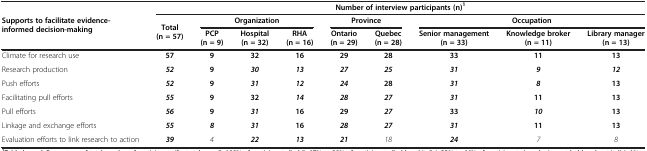
<table><thead><tr><td rowspan="3"><b>Supports to facilitate evidence-informed decision-making</b></td><td colspan="9"><b>Number of interview participants (n)<sup>1</sup></b></td></tr><tr><td rowspan="2"><b>Total (n = 57)</b></td><td colspan="3"><b>Organization</b></td><td colspan="2"><b>Province</b></td><td colspan="3"><b>Occupation</b></td></tr><tr><td><b>PCP (n = 9)</b></td><td><b>Hospital (n = 32)</b></td><td><b>RHA (n = 16)</b></td><td><b>Ontario (n = 29)</b></td><td><b>Quebec (n = 28)</b></td><td><b>Senior management (n = 33)</b></td><td><b>Knowledge broker (n = 11)</b></td><td><b>Library manager (n = 13)</b></td></tr></thead><tbody><tr><td>Climate for research use</td><td><b>57</b></td><td><b>9</b></td><td><b>32</b></td><td><b>16</b></td><td><b>29</b></td><td><b>28</b></td><td><b>33</b></td><td><b>11</b></td><td><b>13</b></td></tr><tr><td>Research production</td><td><b><i>52</i></b></td><td><b>9</b></td><td><b><i>30</i></b></td><td><b><i>13</i></b></td><td><b><i>27</i></b></td><td><b><i>25</i></b></td><td><b><i>31</i></b></td><td><b><i>9</i></b></td><td><b><i>12</i></b></td></tr><tr><td>Push efforts</td><td><b><i>52</i></b></td><td><b>9</b></td><td><b><i>31</i></b></td><td><b><i>12</i></b></td><td><b><i>24</i></b></td><td><b>28</b></td><td><b><i>31</i></b></td><td><b><i>8</i></b></td><td><b>13</b></td></tr><tr><td>Facilitating pull efforts</td><td><b><i>55</i></b></td><td><b>9</b></td><td><b>32</b></td><td><b><i>14</i></b></td><td><b><i>28</i></b></td><td><b><i>27</i></b></td><td><b><i>31</i></b></td><td><b>11</b></td><td><b>13</b></td></tr><tr><td>Pull efforts</td><td><b><i>56</i></b></td><td><b>9</b></td><td><b><i>31</i></b></td><td><b>16</b></td><td><b>29</b></td><td><b><i>27</i></b></td><td><b>33</b></td><td><b><i>10</i></b></td><td><b>13</b></td></tr><tr><td>Linkage and exchange efforts</td><td><b><i>55</i></b></td><td><b><i>8</i></b></td><td><b><i>31</i></b></td><td><b>16</b></td><td><b><i>28</i></b></td><td><b><i>27</i></b></td><td><b><i>31</i></b></td><td><b>11</b></td><td><b>13</b></td></tr><tr><td>Evaluation efforts to link research to action</td><td><b><i>39</i></b></td><td><i>4</i></td><td><b><i>22</i></b></td><td><b><i>13</i></b></td><td><b><i>21</i></b></td><td><i>18</i></td><td><b><i>24</i></b></td><td><i>7</i></td><td><i>8</i></td></tr></tbody></table>